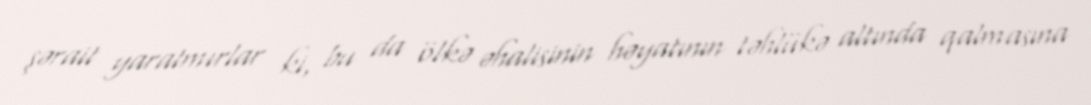
şərait yaratmırlar ki, bu da ölkə əhalisinin həyatının təhlükə altında qalmasına